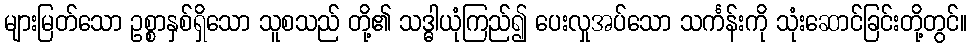
များမြတ်သော ဥစ္စာနှစ်ရှိသော သူစသည် တို့၏ သဒ္ဓါယုံကြည်၍ ပေးလှုအပ်သော သင်္ကန်းကို သုံးဆောင်ခြင်းတို့တွင်။